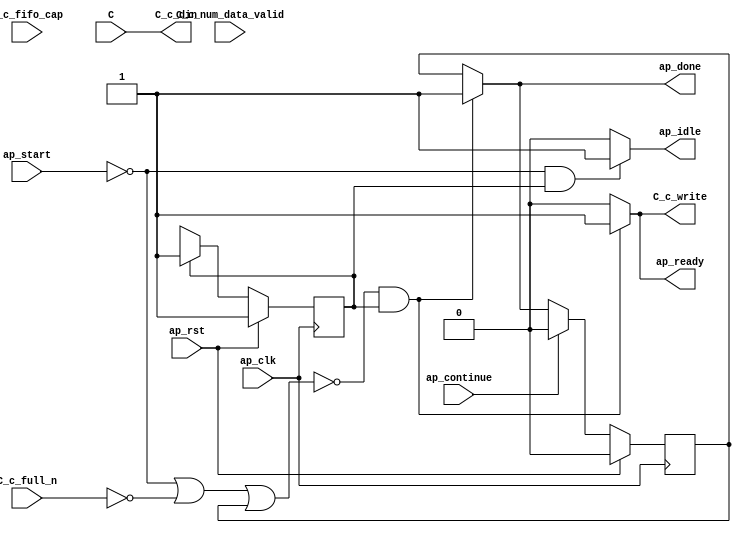
// ==============================================================
// RTL generated by Vitis HLS - High-Level Synthesis from C, C++ and OpenCL v2022.2 (64-bit)
// Version: 2022.2
// Copyright (C) Copyright 1986-2022 Xilinx, Inc. All Rights Reserved.
//
// ===========================================================

`timescale 1 ns / 1 ps

module kernel3_entry_proc (
        ap_clk,
        ap_rst,
        ap_start,
        ap_done,
        ap_continue,
        ap_idle,
        ap_ready,
        C,
        C_c_din,
        C_c_num_data_valid,
        C_c_fifo_cap,
        C_c_full_n,
        C_c_write
);

parameter    ap_ST_fsm_state1 = 1'd1;

input   ap_clk;
input   ap_rst;
input   ap_start;
output   ap_done;
input   ap_continue;
output   ap_idle;
output   ap_ready;
input  [63:0] C;
output  [63:0] C_c_din;
input  [6:0] C_c_num_data_valid;
input  [6:0] C_c_fifo_cap;
input   C_c_full_n;
output   C_c_write;

reg ap_done;
reg ap_idle;
reg ap_ready;
reg C_c_write;

reg    ap_done_reg;
(* fsm_encoding = "none" *) reg   [0:0] ap_CS_fsm;
wire    ap_CS_fsm_state1;
reg    C_c_blk_n;
reg    ap_block_state1;
reg   [0:0] ap_NS_fsm;
reg    ap_ST_fsm_state1_blk;
wire    ap_ce_reg;

// power-on initialization
initial begin
#0 ap_done_reg = 1'b0;
#0 ap_CS_fsm = 1'd1;
end

always @ (posedge ap_clk) begin
    if (ap_rst == 1'b1) begin
        ap_CS_fsm <= ap_ST_fsm_state1;
    end else begin
        ap_CS_fsm <= ap_NS_fsm;
    end
end

always @ (posedge ap_clk) begin
    if (ap_rst == 1'b1) begin
        ap_done_reg <= 1'b0;
    end else begin
        if ((ap_continue == 1'b1)) begin
            ap_done_reg <= 1'b0;
        end else if ((~((ap_start == 1'b0) | (1'b0 == C_c_full_n) | (ap_done_reg == 1'b1)) & (1'b1 == ap_CS_fsm_state1))) begin
            ap_done_reg <= 1'b1;
        end
    end
end

always @ (*) begin
    if ((~((ap_start == 1'b0) | (ap_done_reg == 1'b1)) & (1'b1 == ap_CS_fsm_state1))) begin
        C_c_blk_n = C_c_full_n;
    end else begin
        C_c_blk_n = 1'b1;
    end
end

always @ (*) begin
    if ((~((ap_start == 1'b0) | (1'b0 == C_c_full_n) | (ap_done_reg == 1'b1)) & (1'b1 == ap_CS_fsm_state1))) begin
        C_c_write = 1'b1;
    end else begin
        C_c_write = 1'b0;
    end
end

always @ (*) begin
    if (((ap_start == 1'b0) | (1'b0 == C_c_full_n) | (ap_done_reg == 1'b1))) begin
        ap_ST_fsm_state1_blk = 1'b1;
    end else begin
        ap_ST_fsm_state1_blk = 1'b0;
    end
end

always @ (*) begin
    if ((~((ap_start == 1'b0) | (1'b0 == C_c_full_n) | (ap_done_reg == 1'b1)) & (1'b1 == ap_CS_fsm_state1))) begin
        ap_done = 1'b1;
    end else begin
        ap_done = ap_done_reg;
    end
end

always @ (*) begin
    if (((ap_start == 1'b0) & (1'b1 == ap_CS_fsm_state1))) begin
        ap_idle = 1'b1;
    end else begin
        ap_idle = 1'b0;
    end
end

always @ (*) begin
    if ((~((ap_start == 1'b0) | (1'b0 == C_c_full_n) | (ap_done_reg == 1'b1)) & (1'b1 == ap_CS_fsm_state1))) begin
        ap_ready = 1'b1;
    end else begin
        ap_ready = 1'b0;
    end
end

always @ (*) begin
    case (ap_CS_fsm)
        ap_ST_fsm_state1 : begin
            ap_NS_fsm = ap_ST_fsm_state1;
        end
        default : begin
            ap_NS_fsm = 'bx;
        end
    endcase
end

assign C_c_din = C;

assign ap_CS_fsm_state1 = ap_CS_fsm[32'd0];

always @ (*) begin
    ap_block_state1 = ((ap_start == 1'b0) | (1'b0 == C_c_full_n) | (ap_done_reg == 1'b1));
end

endmodule //kernel3_entry_proc